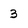
Character: 3